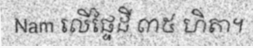
Nam លើផ្ទៃដី ៣៥ ហិតា។